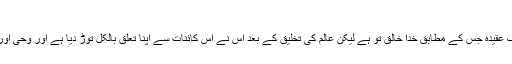
ربوبیت - آزاد دائرۃ المعارف، ویکیپیڈیا
ربوبیت یا الٰہ سے الٰہیت (انگریزی: Deism) ایک عقیدہ جس کے مطابق خدا خالق تو ہے لیکن عالم کی تخلیق کے بعد اُس نے اس کائنات سے اپنا تعلق بالکل توڑ دیا ہے اور وحی اور مکاشفہ سے بھی وہ انسان سے رشتہ نہیں رکھتا۔